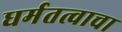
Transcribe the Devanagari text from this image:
धर्मतत्वाचा